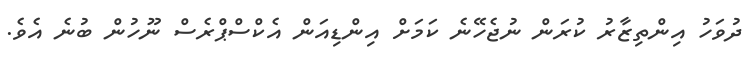
ދުވަހު އިންތިޒާރު ކުރަން ނުޖެހޭނެ ކަމަށް އިންޑިއަން އެކްސްޕްރެސް ނޫހުން ބުނެ އެވެ.